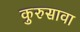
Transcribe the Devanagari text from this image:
कुरुसावा